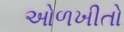
ઓળખીતો